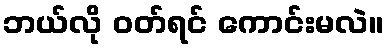
ဘယ်လို ဝတ်ရင် ကောင်းမလဲ။